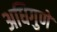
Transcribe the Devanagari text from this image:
अधिगुणे